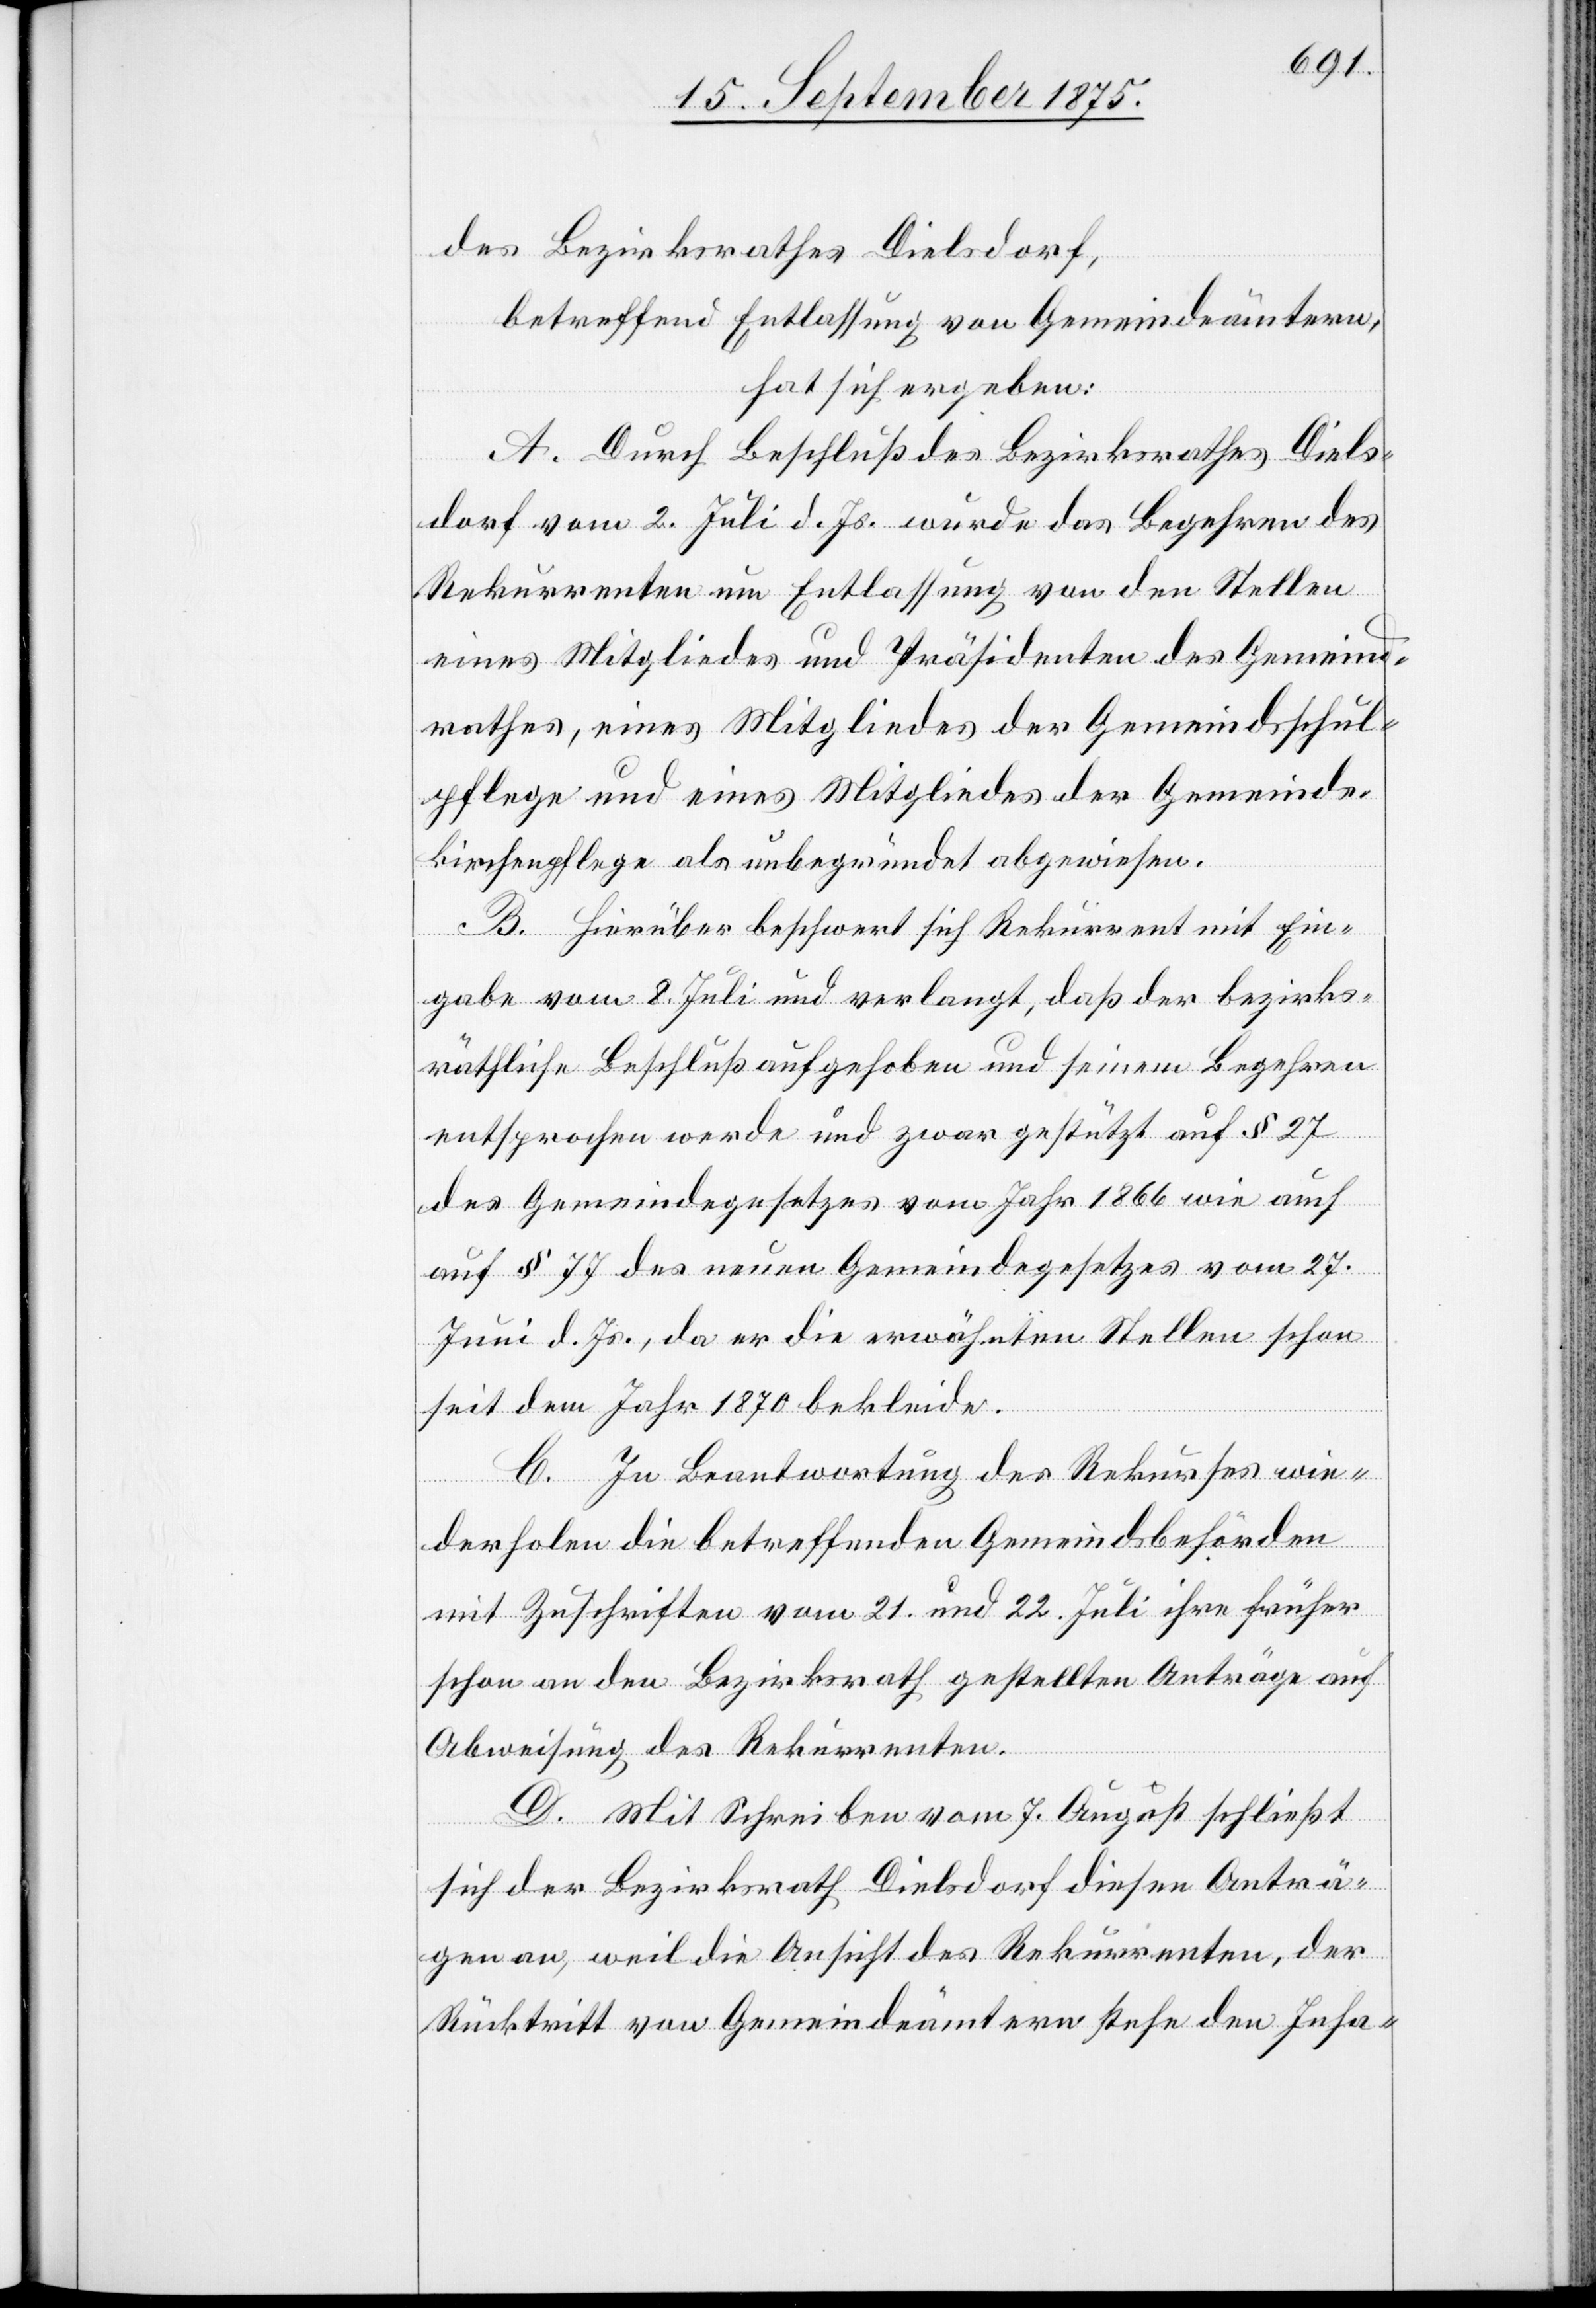
des Bezirksrathes Dielsdorf,
betreffend Entlassung von Gemeindeämtern,
hat sich ergeben:
A. Durch Beschluß des Bezirksrathes Diels¬
dorf vom 2 Juli d. Js. wurde das Begehren des
Rekurrenten um Entlassung von den Stellen
eines Mitgliedes und Präsidenten des Gemeind¬
rathes, eines Mitgliedes der Gemeindsschul¬
pflege und eines Mitgliedes der Gemeinde¬
kirchenpflege als unbegründet abgewiesen.
B. Hierüber beschwert sich Rekurrent mit Ein¬
gabe vom 8. Juli und verlangt, daß der bezirks¬
räthliche Beschluß aufgehoben und seinem Begehren
entsprochen werde und zwar gestützt auf § 27
des Gemeindegesetzes vom Jahr 1866 wie auch
auf § 77 des neuen Gemeindegesetzes vom 27.
Juni d. Js., da er die erwähnten Stellen schon
seit dem Jahr 1870 bekleide.
C. In Beantwortung des Rekurses wie¬
derholen die betreffenden Gemeindsbehörden
mit Zuschriften vom 21. und 22. Juli ihre früher
schon an den Bezirksrath gestellten Anträge auf
Abweisung des Rekurrenten.
D. Mit Schreiben vom 7. August schließt
sich der Bezirksrath Dielsdorf diesen Anträ¬
gen an, weil die Ansicht des Rekurrenten, der
Rücktritt von Gemeindeämtern stehe den Inha-